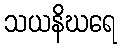
သယနိဃရေ